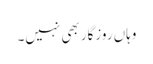
وہاں روزگار بھی نہیں۔